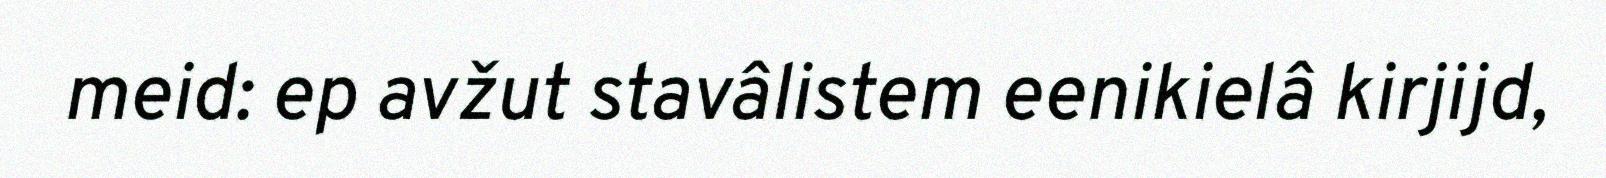
meid: ep avžut stavâlistem eenikielâ kirjijd,